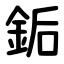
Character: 銗